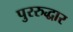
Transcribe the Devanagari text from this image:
पुररुद्धार